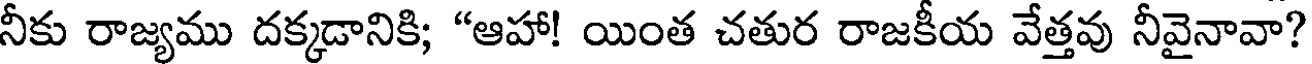
నీకు రాజ్యము దక్కడానికి; "ఆహా! యింత చతుర రాజకీయ వేత్తవు నీవైనావా?